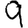
Digit: 9